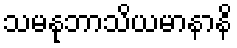
သမနုဘာသိယမာနာနိ